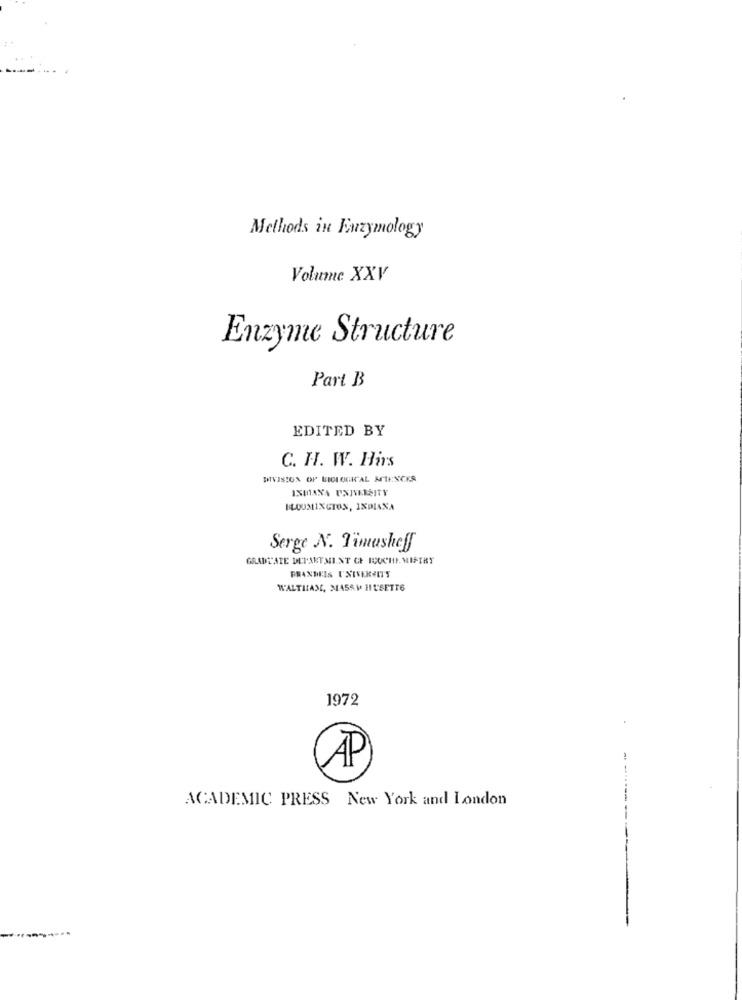
Methods in Euzymology
Volume XXV
Enzyme Structure
Part B
EDITED BY
C. H. W. Hirs
DIVISION OF BIOLOGICAL MMTENCES
ISMANA UNIVERSITY
BLOOMINGTON, INDIANA
Serge N. Timasheff
GRADUATE DEPARTMENT OF IOUCHI MIPIRY
WALTHAM, MASAV HUSETT6
1972
CAP
ACADEMIC PRESS New York and London